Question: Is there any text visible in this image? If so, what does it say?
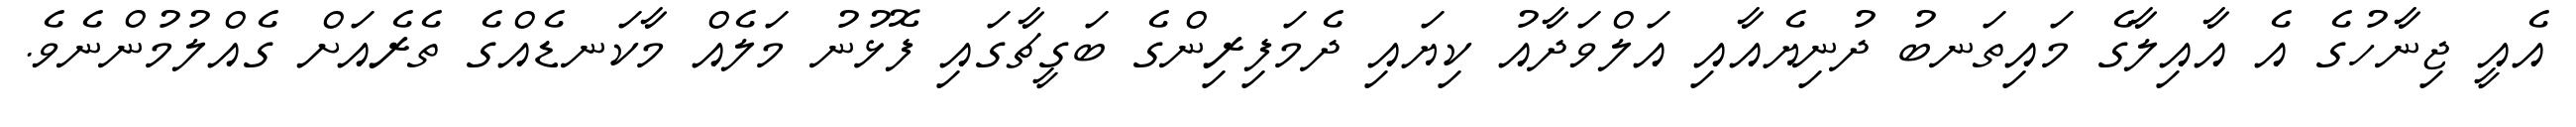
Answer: އެއީ ޖިނާހުގެ އެ އާއިލާގެ މައިތަނބު ދުނިޔެއާއި އަލްވަދާއު ކިޔައި ދެމަފިރިންގެ ބަގީޗާގައި ފޮޅުނު މަލެއް މާކަނޑެއްގެ ތެރެއަށް ގެއްލުމުންނެވެ.